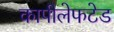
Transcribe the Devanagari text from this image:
कापीलेफटेड